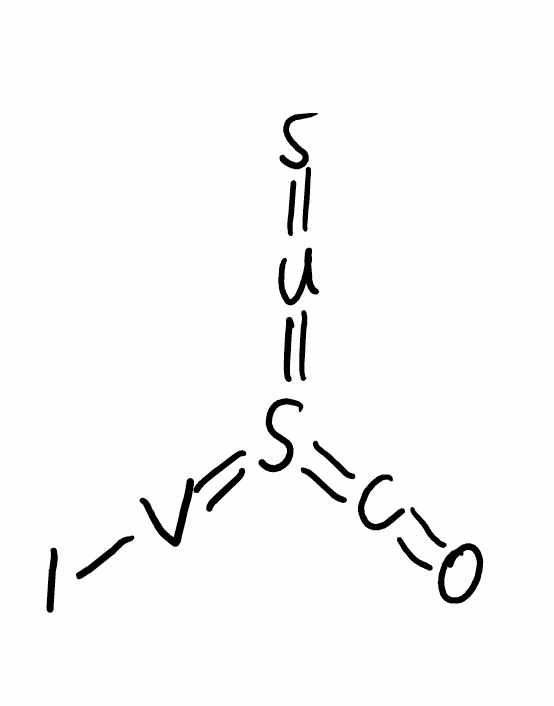
Simplified molecular-input line-entry system (SMILES) notation of the given molecule:
C(=O)=S(=[V]I)=[U]=S